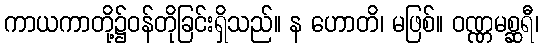
ကာယကာတို့၌ဝန်တိုခြင်းရှိသည်။ န ဟောတိ၊ မဖြစ်။ ဝဏ္ဏမစ္ဆရီ၊